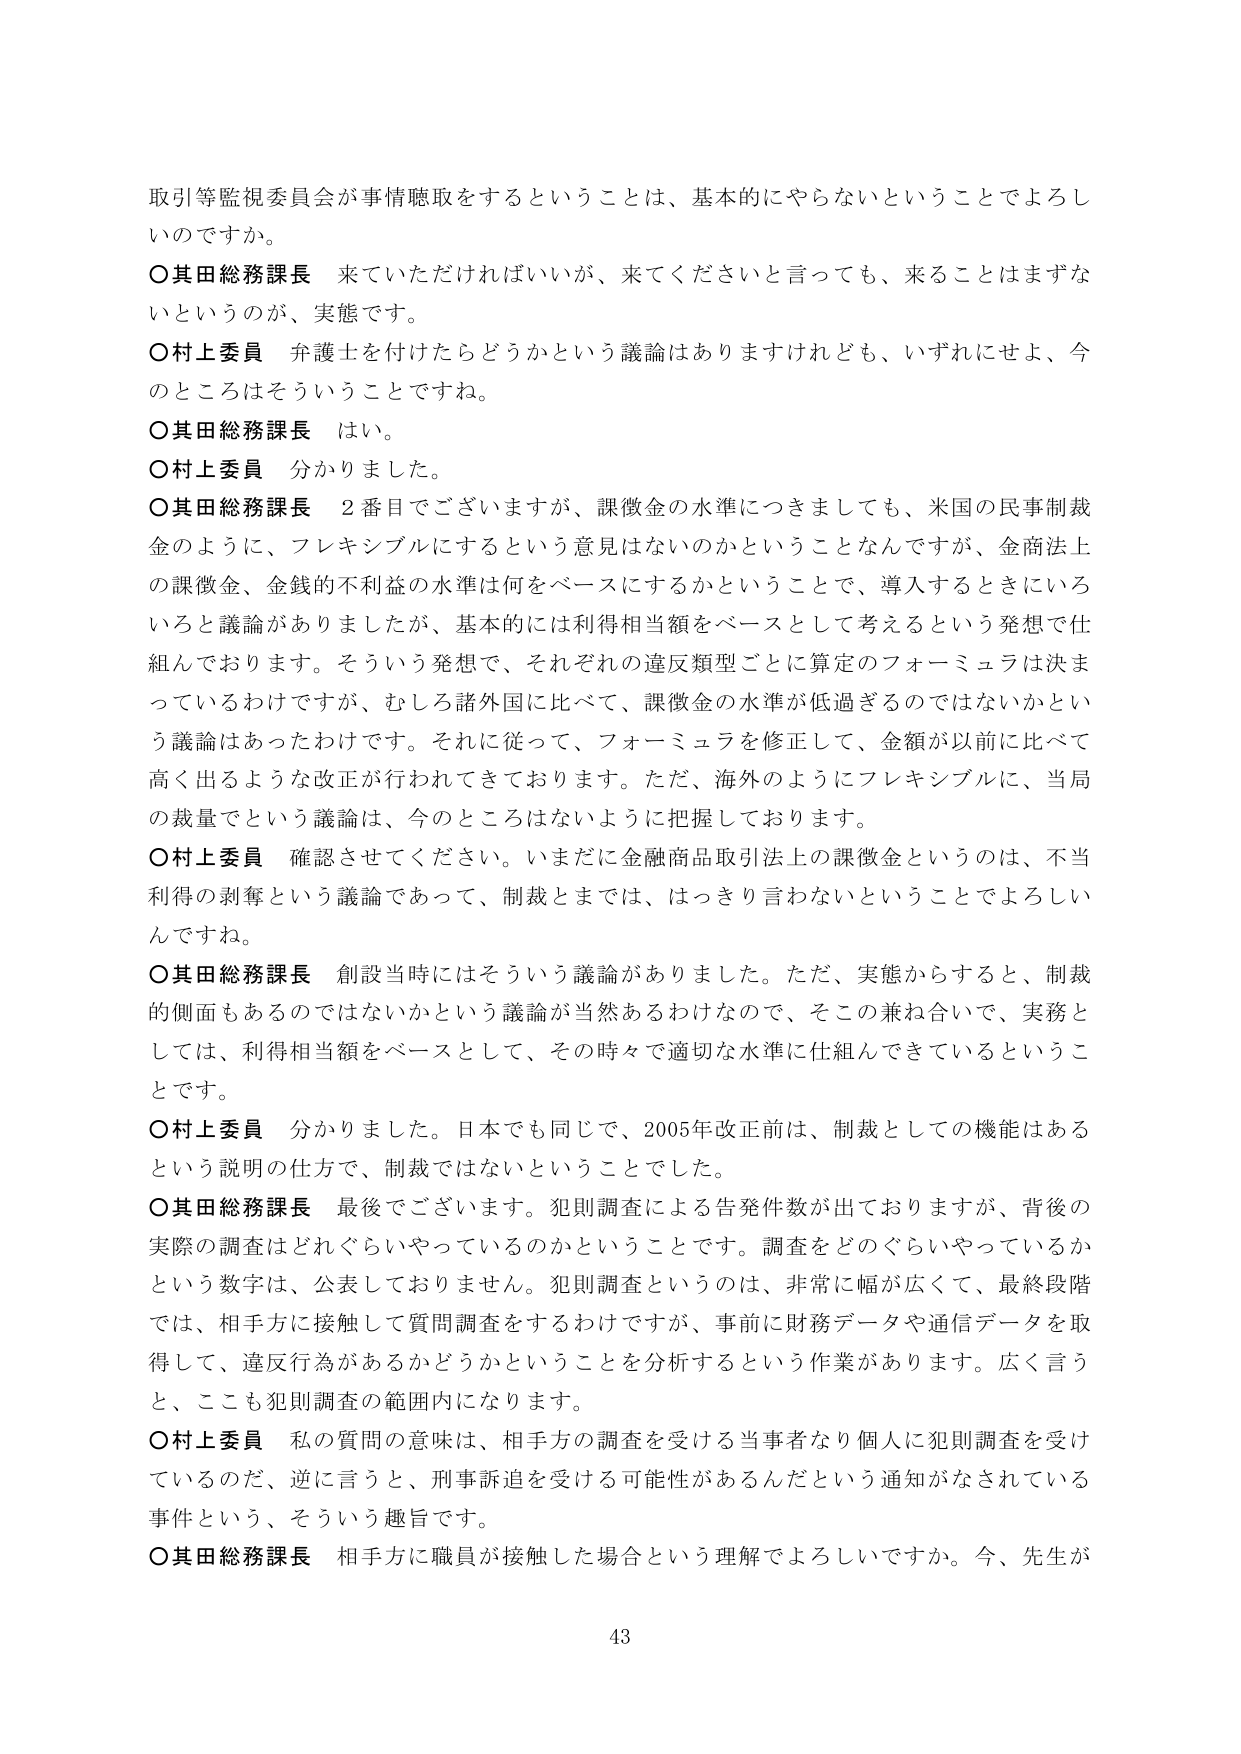
取引等監視委員会が事情聴取をするということは、基本的にやらないということでよろしいのですか。

○其田総務課長　来ていただければいいが、来てくださいと言っても、来ることはまずないというのが、実態です。

○村上委員　弁護士を付けたらどうかという議論はありますけれども、いずれにせよ、今のところはそういうことですね。

○其田総務課長　はい。

○村上委員　分かりました。

○其田総務課長　2番目でございますが、課徴金の水準につきましても、米国の民事制裁金のように、フレキシブルにするという意見はないのかということなんですが、金商法上の課徴金、金銭的不利益の水準は何をベースにするかということで、導入するときにいろいろと議論がありましたたが、基本的には利得相当額をベースとして考えるという発想で仕組んでおります。そういう発想で、それぞれの違反類型ごとに算定のフォーミュラは決まっているわけですが、むしろ諸外国に比べて、課徴金の水準が低過ぎるのではないかという議論はあったわけです。それに従って、フォーミュラを修正して、金額が以前に比べて高く出るような改正が行われてきております。ただ、海外のようにフレキシブルに、当局の裁量でという議論は、今のところはないように把握しております。

○村上委員　確認させてください。いまだに金融商品取引法上の課徴金というのは、不当利得の剥奪という議論であって、制裁とまでは、はっきり言わないということでよろしいんですね。

○其田総務課長　創設当時にはそういう議論がありました。ただ、実態からすると、制裁的側面もあるのではないかという議論が当然あるわけなので、そこの兼ね合いで、実務としては、利得相当額をベースとして、その時々で適切な水準に仕組んできているということです。

○村上委員　分かりました。日本でも同じで、2005年改正前は、制裁としての機能はあるという説明の仕方で、制裁ではないということでした。

○其田総務課長　最後でございます。犯則調査による告発件数が出ておりますが、背後の実際の調査はどれぐらいやっているのかということです。調査をどのぐらいやっているかという数字は、公表しておりません。犯則調査というのは、非常に幅が広くて、最終段階では、相手方に接触して質問調査をするわけですが、事前に財務データや通信データを取得して、違反行為があるかどうかということを分析するという作業があります。広く言うと、ここも犯則調査の範囲内になります。

○村上委員　私の質問の意味は、相手方の調査を受ける当事者なり個人に犯則調査を受けているのだ、逆に言うと、刑事訴追を受ける可能性があるんだという通知がなされている事件という、そういう趣旨です。

○其田総務課長　相手方に職員が接触した場合という理解でよろしいですか。今、先生が

43